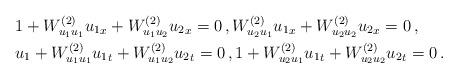
LaTeX: \begin{align*} & 1+ W^{(2)}_{u_1 u_1} {u_1}_x+ W^{(2)}_{u_1 u_2} {u_2}_x=0\, , W^{(2)}_{u_2 u_1} {u_1}_x+W^{(2)}_{u_2 u_2} {u_2}_x=0\, , \\& u_1 + W^{(2)}_{u_1 u_1} {u_1}_t+W^{(2)}_{u_1 u_2} {u_2}_t=0\, , 1 +W^{(2)}_{u_2 u_1} {u_1}_t+W^{(2)}_{u_2 u_2} {u_2}_t=0\, . \\ \end{align*}